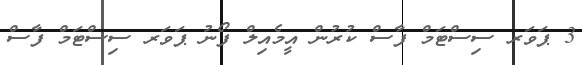
3 ޕަވަރ ސިސްޓަމް ފާސް ކުރުން އީމެއިލް ފޯނު ޕަވަރ ސިސްޓަމް ފާސް